Report of the Bombay Veterinary College
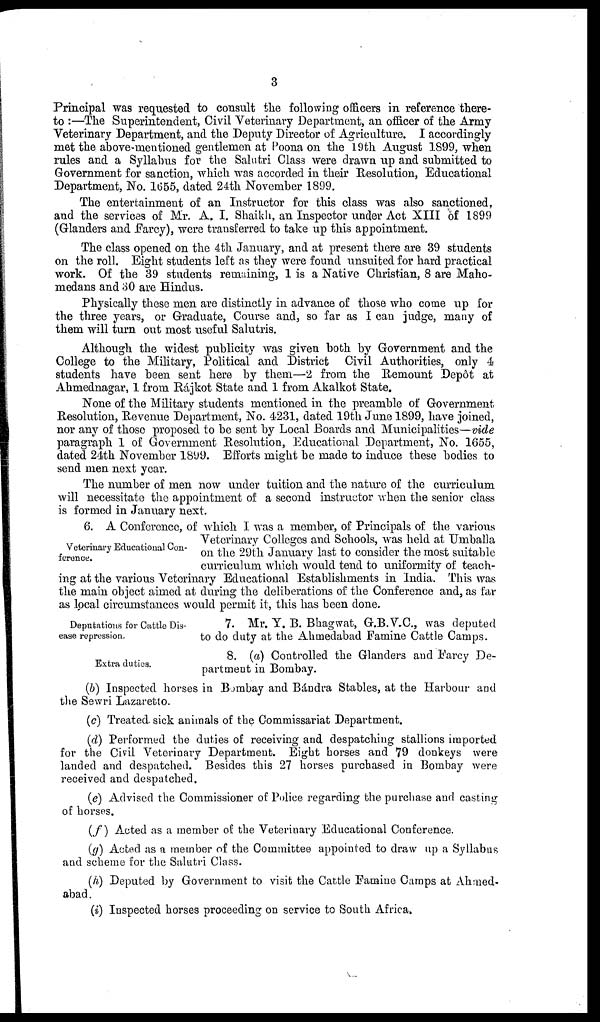
3
Principal was requested to consult the following officers in reference there-
to :—The Superintendent, Civil Veterinary Department, an officer of the Army
Veterinary Department, and the Deputy Director of Agriculture. I accordingly
met the above-mentioned gentlemen at Poona on the 19th August 1899, when
rules and a Syllabus for the Salutri Class were drawn up and submitted to
Government for sanction, which was accorded in their Resolution, Educational
Department, No. 1655, dated 24th November 1899.
The entertainment of an Instructor for this class was also sanctioned,
and the services of Mr. A. I. Shaikh, an Inspector under Act XIII of 1899
(Glanders and Farcy), were transferred to take up this appointment.
The class opened on the 4th January, and at present there are 39 students
on the roll. Eight students left as they were found unsuited for hard practical
work. Of the 39 students remaining, 1 is a Native Christian, 8 are Maho-
medans and 30 are Hindus.
Physically these men are distinctly in advance of those who come up for
the three years, or Graduate, Course and, so far as I can judge, many of
them will turn out most useful Salutris.
Although the widest publicity was given both by Government and the
College to the Military, Political and District Civil Authorities, only 4
students have been sent here by them—2 from the Remount Depôt at
Ahmednagar, 1 from Rájkot State and 1 from Akalkot State.
None of the Military students mentioned in the preamble of Government
Resolution, Revenue Department, No. 4231, dated 19th June 1899, have joined,
nor any of those proposed to be sent by Local Boards and Municipalities—vide
paragraph 1 of Government Resolution, Educational Department, No. 1655,
dated 24th November 1899. Efforts might be made to induce these bodies to
send men next year.
The number of men now under tuition and the nature of the curriculum
will necessitate the appointment of a second instructor when the senior class
is formed in January next.
Veterinary Educational Con-
ference.
6. A Conference, of which I was a member, of Principals of the various
Veterinary Colleges and Schools, was held at Umballa
on the 29th January last to consider the most suitable
curriculum which would tend to uniformity of teach-
ing at the various Veterinary Educational Establishments in India. This was
the main object aimed at during the deliberations of the Conference and, as far
as local circumstances would permit it, this has been done.
Deputations for Cattle Dis-
ease repression.
7. Mr. Y. B. Bhagwat, G.B.V.C., was deputed
to do duty at the Ahmedabad Famine Cattle Camps.
Extra duties.
8. (a) Controlled the Glanders and Farcy De-
partment in Bombay.
(b) Inspected horses in Bombay and Bándra Stables, at the Harbour and
the Sewri Lazaretto.
(c) Treated sick animals of the Commissariat Department.
(d) Performed the duties of receiving and despatching stallions imported
for the Civil Veterinary Department. Eight horses and 79 donkeys were
landed and despatched. Besides this 27 horses purchased in Bombay were
received and despatched.
(e) Advised the Commissioner of Police regarding the purchase and casting
of horses.
(f) Acted as a member of the Veterinary Educational Conference.
(g) Acted as a member of the Committee appointed to draw up a Syllabus
and scheme for the Salutri Class.
(h) Deputed by Government to visit the Cattle Famine Camps at Ahmed-
abad.
(i) Inspected horses proceeding on service to South Africa.